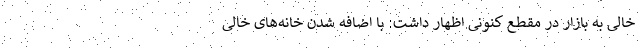
خالی به بازار در مقطع کنونی اظهار داشت: با اضافه شدن خانه‌های خالی